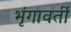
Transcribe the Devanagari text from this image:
भृंगावर्ती